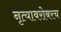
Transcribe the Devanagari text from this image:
नृत्याबरोबरच